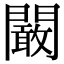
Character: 闞